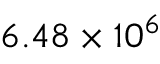
6 . 4 8 \times 1 0 ^ { 6 }